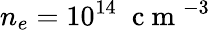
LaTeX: n_{e}=10^{14}\; \mathrm{~c~m~}^{-3}